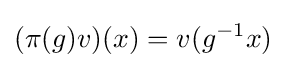
(\pi (g)v)(x)=v(g^{-1}x)